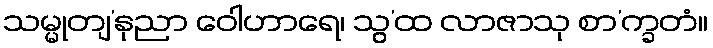
သမ္မုတျ’နုညာ ဝေါဟာရေ၊ သွ’ထ လာဇာသု စာ’က္ခတံ။